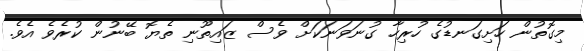
މިގޮތުން ހަށިގަނޑުގެ ހުރިހާ ގުނަވަނަކަށް ވެސް ޒައިތޫނި ތެޔޮ ބޭނުން ކުރެވެ އެވެ.